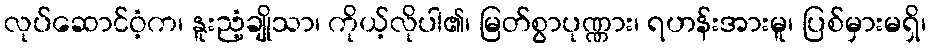
လုပ်ဆောင်ဝံ့က၊ နူးညံ့ချိုသာ၊ ကိုယ့်လိုပါ၏၊ မြတ်စွာပုဏ္ဏား၊ ရဟန်းအားမူ၊ ပြစ်မှားမရှိ၊